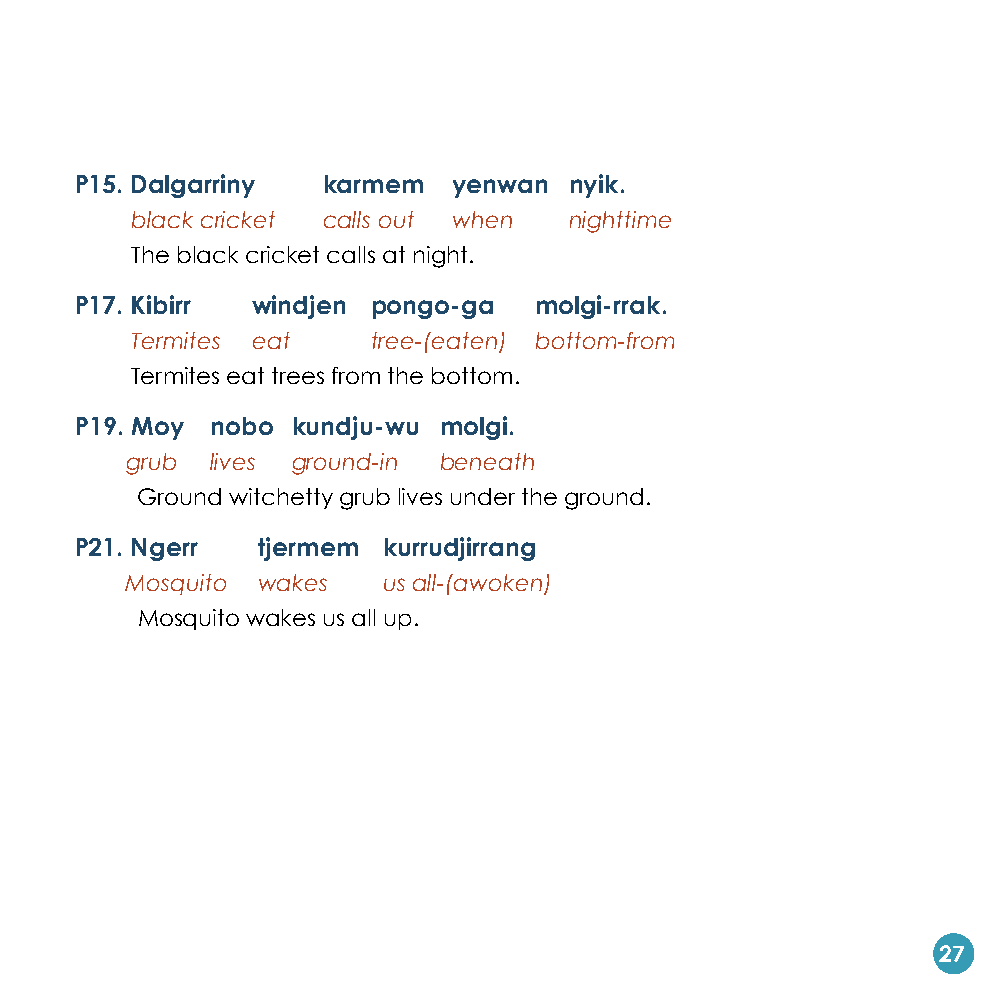
P15. Dalgarriny karmem   yenwan  nyik.
 black cricket calls out when nighttime
 The black cricket calls at night.
 P17. Kibirr windjen pongo-ga  molgi-rrak.
 Termites eat    tree-(eaten) bottom-from
 Termites eat trees from the bottom.
 P19. Moy nobo kundju-wu molgi.
 grub  lives ground-in beneath
 Ground witchetty grub lives under the ground.
 P21. Ngerr  tjermem kurrudjirrang
 Mosquito wakes   us all-(awoken)
 Mosquito wakes us all up.
 27